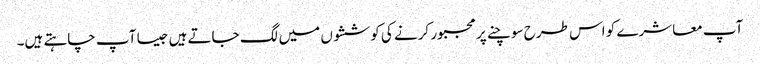
آپ معاشرے کو اس طرح سوچنے پر مجبور کرنے کی کوششوں میں لگ جاتے ہیں جیسا آپ چاہتے ہیں۔